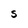
Character: S